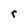
Character: r